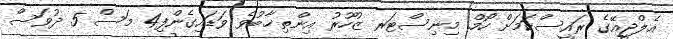
އެލްޖީއޭގެ ރައީސްކަމަށް ހޯމް މިނިސްޓަރ ޒުހޫރު އިންތިޚާބުވެ ވަޑައިގެންފި4 މަސް 5 ދުވަސް